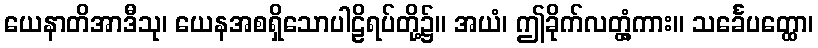
ယေနာတိအာဒီသု၊ ယေနအစရှိသောပါဠိရပ်တို့၌။ အယံ၊ ဤခိုက်လတ္တံ့ကား။ သင်္ခေပတ္ထော၊